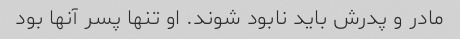
مادر و پدرش باید نابود شوند. او تنها پسر آنها بود